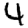
Digit: 4